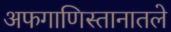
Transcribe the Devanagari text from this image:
अफगाणिस्तानातले